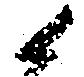
候